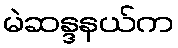
မဲဆန္ဒနယ်က